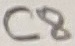
Text: C8